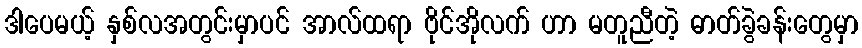
ဒါပေမယ့် နှစ်လအတွင်းမှာပင် အာလ်ထရာ ဗိုင်အိုလက် ဟာ မတူညီတဲ့ ဓာတ်ခွဲခန်းတွေမှာ